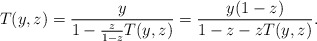
\begin{align*} T(y, z)=\frac{y}{1-\frac{z}{1-z}T(y, z)}=\frac{y(1-z)}{1-z-zT(y, z)}. \end{align*}